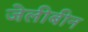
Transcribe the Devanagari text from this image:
जेलीबीन